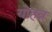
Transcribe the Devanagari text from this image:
योहन्न